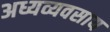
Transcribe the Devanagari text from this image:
अध्यव्यवसाय